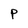
Character: P